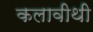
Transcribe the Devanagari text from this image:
कलावीथी